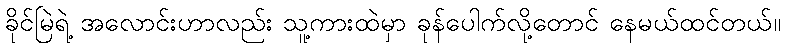
ခိုင်မြဲရဲ့ အလောင်းဟာလည်း သူ့ကားထဲမှာ ခုန်ပေါက်လို့တောင် နေမယ်ထင်တယ်။